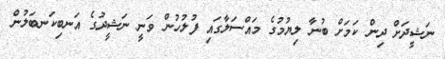
ނަޝީދަށް ދިން ކަމަށް ބުނާ ލިޔުމުގެ މައްސަލާގައި ފުލުހުން ވަނީ ނަޝީދުގެ އަނބިކަނބަލުން